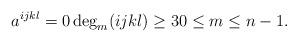
LaTeX: \begin{align*}a^{ijkl}=0\deg_m(ijkl)\geq 30 \leq m \leq n-1.\end{align*}